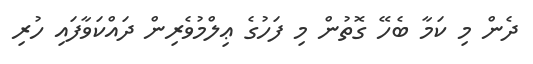
ދެން މި ކަމާ ބެހޭ ގޮތުން މި ފަހުގެ ޢިލްމުވެރިން ދައްކަވާފައި ހުރި